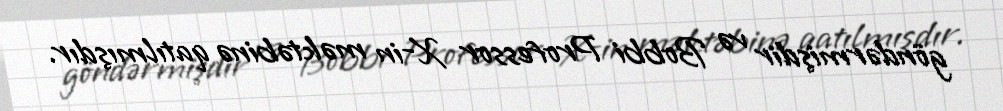
göndərmişdir və Bobbi Professor X-in məktəbinə qatılmışdır.